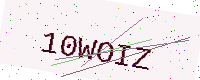
Text: 10WOIZ